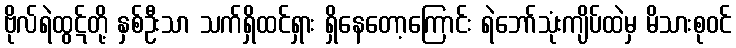
ဗိုလ်ရဲထွဋ်တို့ နှစ်ဦးသာ သက်ရှိထင်ရှား ရှိနေတော့ကြောင်း ရဲဘော်သုံးကျိပ်ထဲမှ မိသားစုဝင်